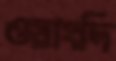
ওয়াংদি